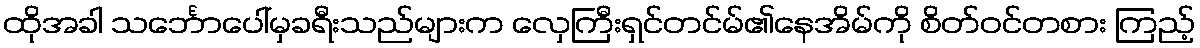
ထိုအခါ သင်္ဘောပေါ်မှခရီးသည်များက လှေကြီးရှင်တင်မ်၏နေအိမ်ကို စိတ်ဝင်တစား ကြည့်